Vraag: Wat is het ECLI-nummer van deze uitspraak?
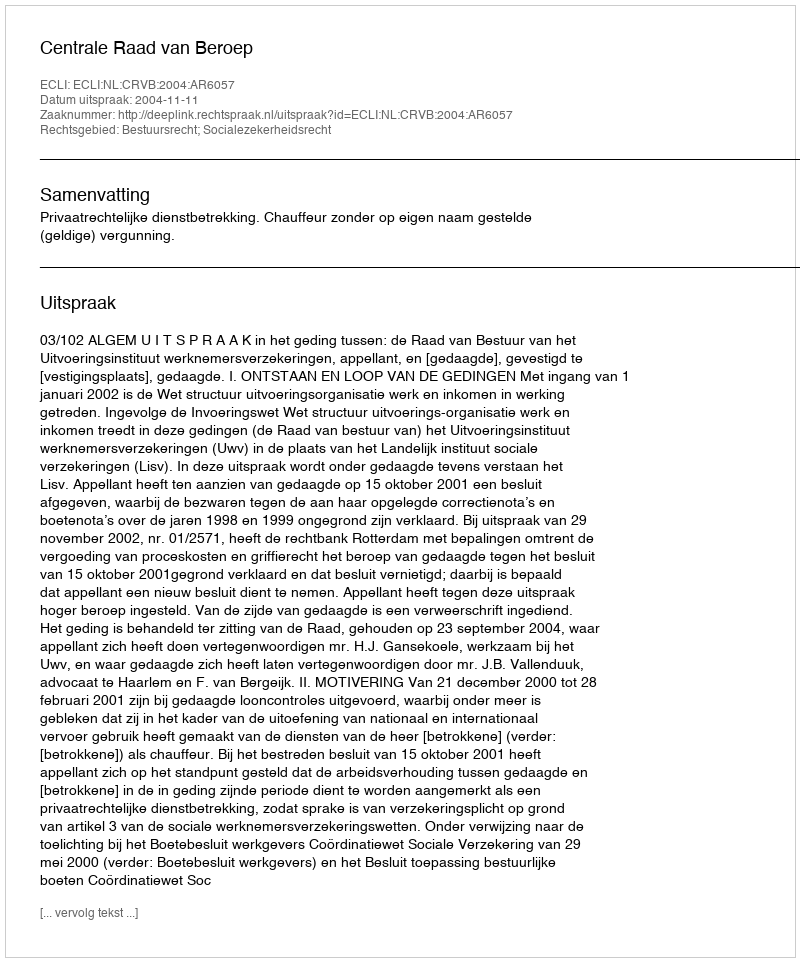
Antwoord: ECLI:NL:CRVB:2004:AR6057